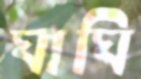
ঘাঘি